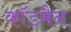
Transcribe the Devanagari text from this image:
कॉडमैन